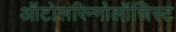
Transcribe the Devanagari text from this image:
ऑटोलरिन्गोलॉजिस्ट